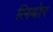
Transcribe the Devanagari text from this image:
लिबोर